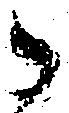
御